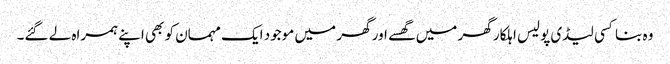
وہ بنا کسی لیڈی پولیس اہلکار گھر میں گھسے اور گھر میں موجود ایک مہمان کو بھی اپنے ہمراہ لے گئے۔